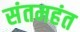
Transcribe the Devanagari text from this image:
संतमहंत